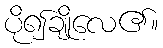
ပို၍ချိုလေ၏။